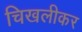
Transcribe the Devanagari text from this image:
चिखलीकर